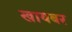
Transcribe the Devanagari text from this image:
खायबर